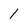
Character: 1